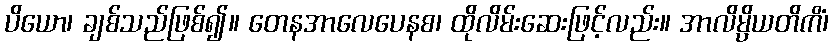
ပိယော၊ ချစ်သည်ဖြစ်၍။ တေနအာလေပေနစ၊ ထိုလိမ်းဆေးဖြင့်လည်း။ အာလိမ္ပိယတိကိံ၊